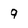
Character: 9